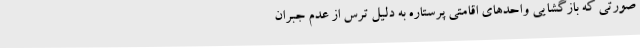
صورتی که بازگشایی واحدهای اقامتی پرستاره به دلیل ترس از عدم جبران